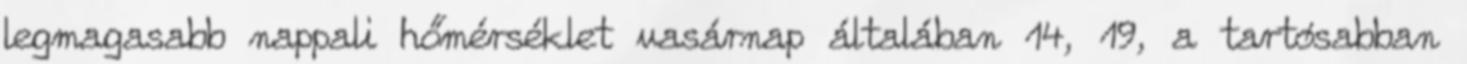
legmagasabb nappali hőmérséklet vasárnap általában 14, 19, a tartósabban